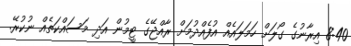
8:40 އިރާނުގެ ގޯލަށް ހަމަލައެއް އުފެއްދުމަށް ރާއްޖޭގެ ޓީމުން އަދި މަސައްކަތެއް ނުކުރޭ.